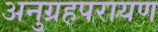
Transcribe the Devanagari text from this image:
अनुग्रहपरायण